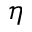
\eta